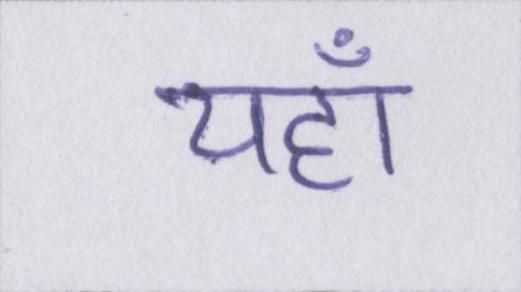
यहाँ